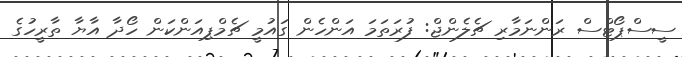
ސީސްޕޯޓްސް ރަންނަމާރި ޗެލެންޖް: ފުރަތަމަ އަންހެން ގައުމީ ޗެމްޕިއަންކަން ހޯދާ އާޔާ ތާރީހުގެ